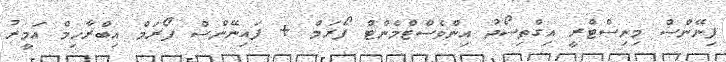
ފިނޭންސް މިނިސްޓްރީ އިގްތިސޯދު އިންވެސްޓްމެންޓް ފޯރަމް + ފައިނޭންސް ފޯރަމް އިބްރާހިމް އަމީރު